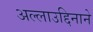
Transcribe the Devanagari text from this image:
अल्लाउद्दिनाने